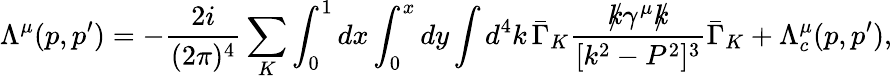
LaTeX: \Lambda^{\mu}(p,p^{\prime})=-\frac{2i}{(2\pi)^{4}}\sum_{K}\int_{0}^{1}dx\int_{0}^{x}dy\int d^{4}k\, \bar{\Gamma}_{K}\frac{k\llap/\gamma^{\mu}k\llap/}{[k^{2}-P^{2}]^{3}}\bar{\Gamma}_{K}+\Lambda_{c}^{\mu}(p,p^{\prime}),